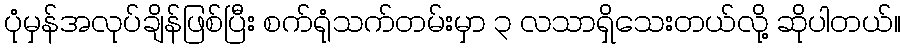
ပုံမှန်အလုပ်ချိန်ဖြစ်ပြီး စက်ရုံသက်တမ်းမှာ ၃ လသာရှိသေးတယ်လို့ ဆိုပါတယ်။